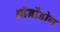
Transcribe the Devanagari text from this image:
ऑनोंडोग